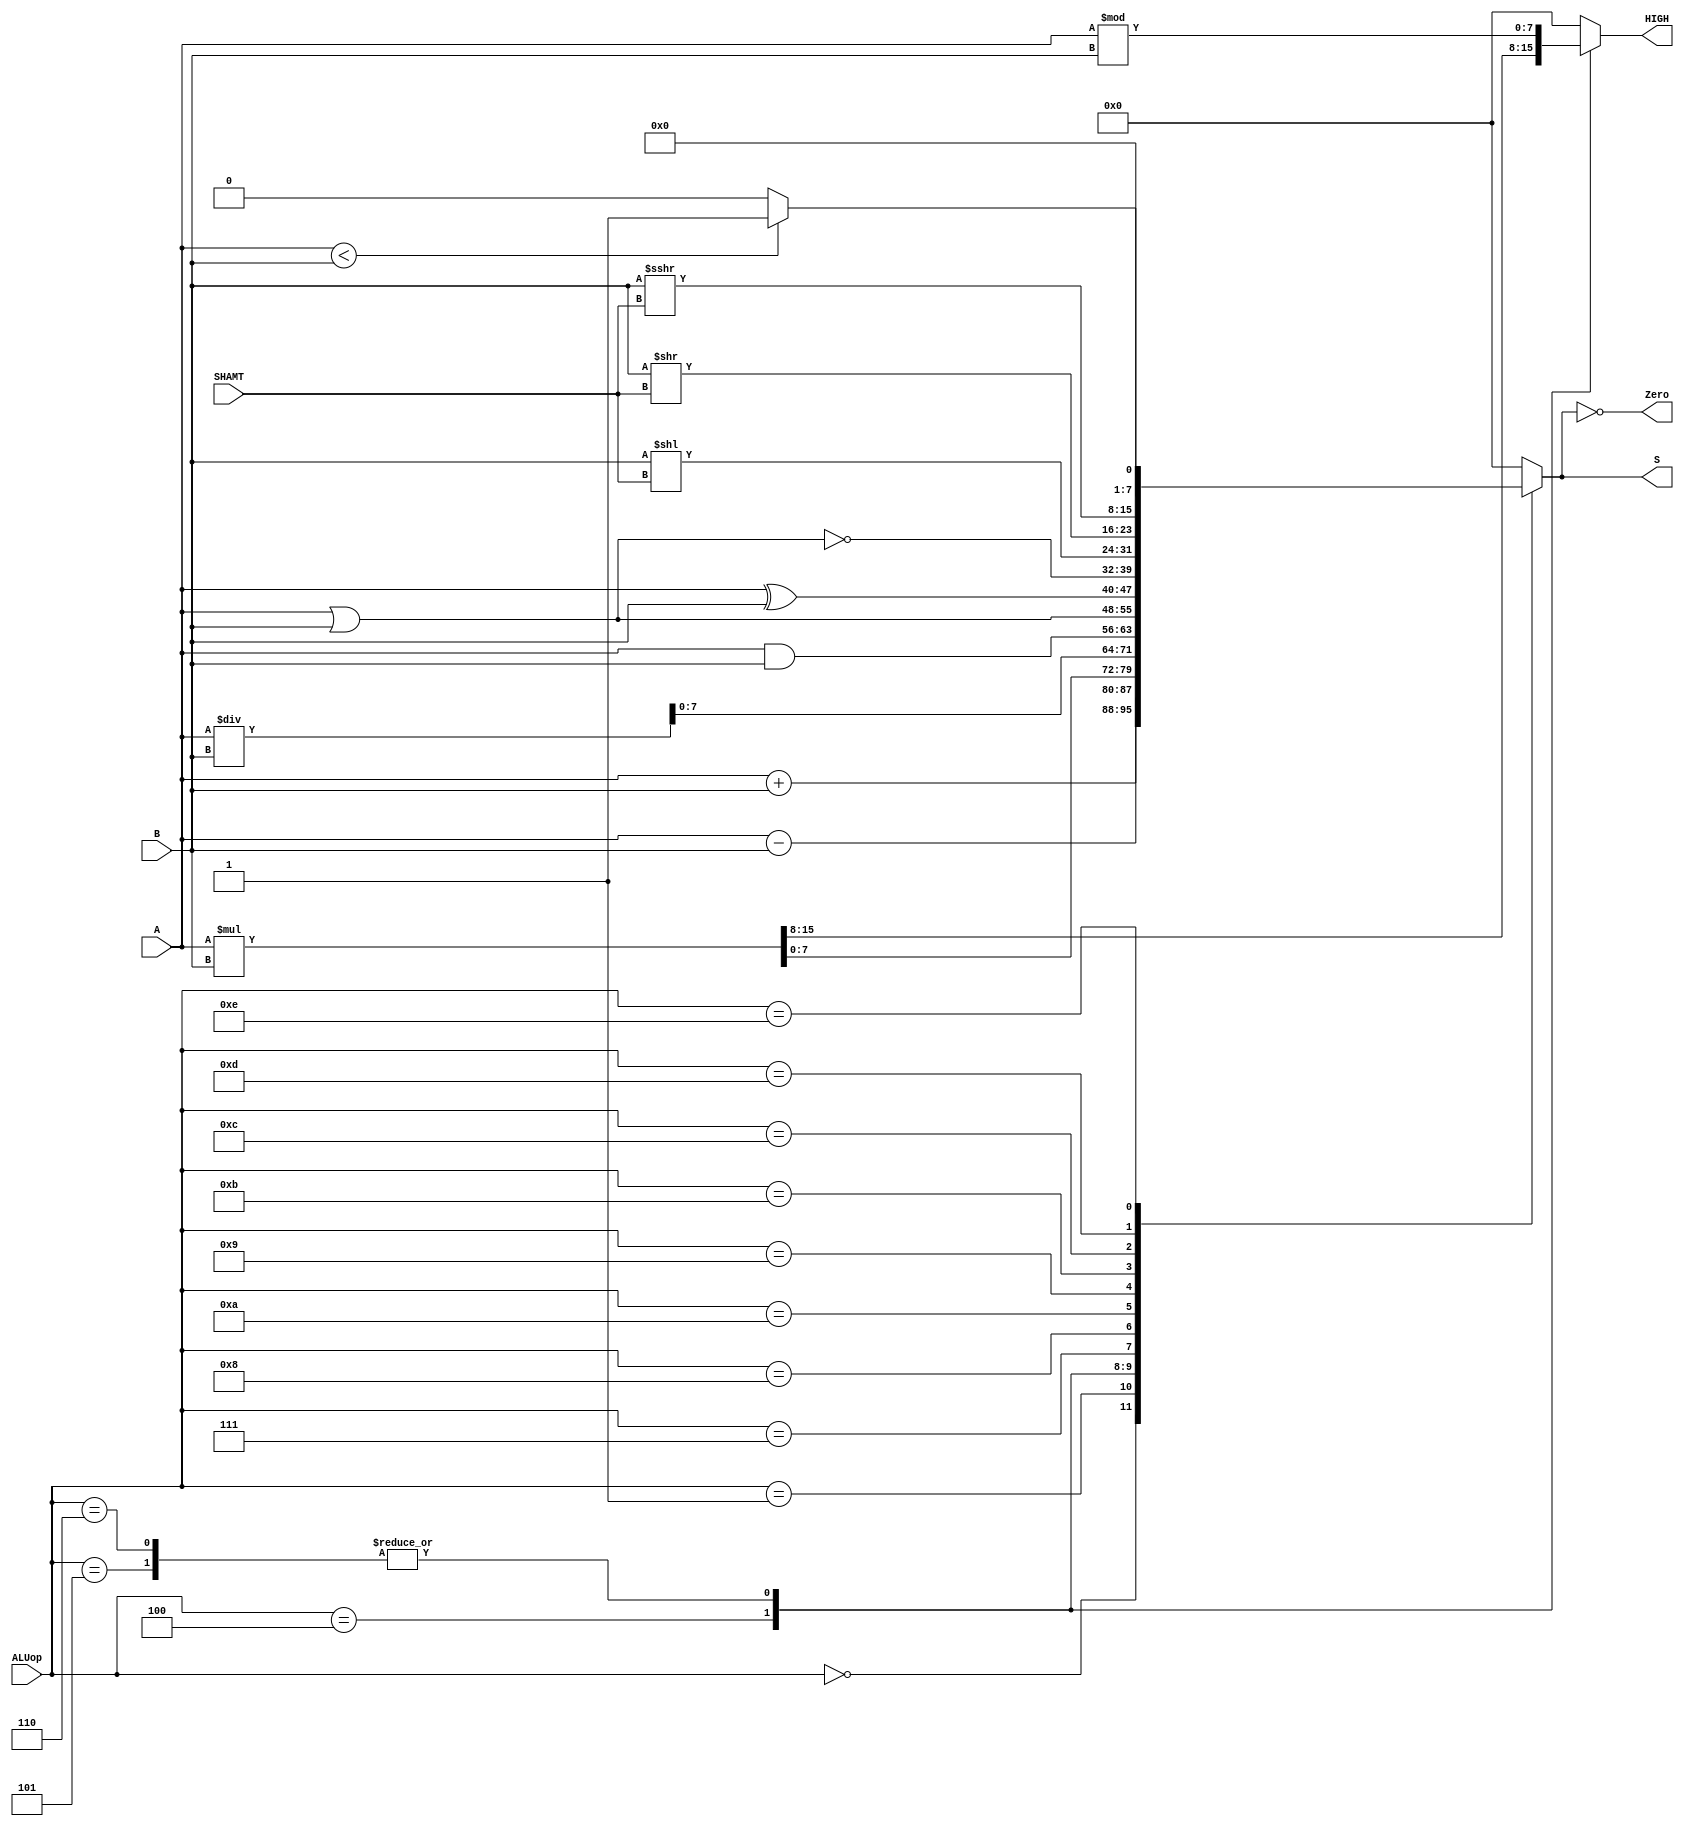
module ALU (
    input [3:0] ALUop,        // ALU Selection
    input [7:0] A, B,         // ALU 8-bit Inputs
    input [2:0] SHAMT,         // SHAMT
    output reg [7:0] S,         // ALU Output
    output reg [7:0] HIGH,      // HIGH Output
    output Zero                 // Zero Flag
);
    reg [15:0] ALU_Result;      // 16-bit result for operations

    assign Zero = (S == 0);

    always @(*) begin
        case (ALUop)
            4'b0000: begin
                ALU_Result = A + B;             // ADD
                HIGH = 8'b0;
            end
            4'b0001: begin
                ALU_Result = A - B;             // SUB
                HIGH = 8'b0;
            end
            4'b0100: begin
                ALU_Result = A * B;             // MUL
                HIGH = ALU_Result[15:8];         // Last 8 bits
            end
            4'b0101: begin
                ALU_Result = A / B;             // DIV
                HIGH = A % B;              // Remainder
            end
            4'b0110: begin
                ALU_Result = A / B;             // DIVU
                HIGH = A % B;              // Remainder
            end
            4'b0111: begin
                ALU_Result = A & B;             // AND
                HIGH = 8'b0;
            end
            4'b1000: begin
                ALU_Result = A | B;             // OR
                HIGH = 8'b0;
            end
            4'b1010: begin
                ALU_Result = A ^ B;             // XOR
                HIGH = 8'b0;
            end
            4'b1001: begin
                ALU_Result = ~(A | B);          // NOR
                HIGH = 8'b0;
            end
            4'b1011: begin
                ALU_Result = B << SHAMT;            // SLL 
                HIGH = 8'b0;
            end
            4'b1100: begin
                ALU_Result = B >> SHAMT;            // SRL 
                HIGH = 8'b0;
            end
            4'b1101: begin
                ALU_Result = B >>> SHAMT;           // SRA 
                HIGH = 8'b0;
            end
            4'b1110: begin
                ALU_Result = (A < B) ? 8'b1 : 8'b0; // LESSTHAN
                HIGH = 8'b0;
            end
            default: begin
                ALU_Result = 8'b0;              // Default case
                HIGH = 8'b0;
            end
        endcase
    end

    always @(*) begin
        S = ALU_Result[7:0];             // First 8 bits of result
    end
endmodule